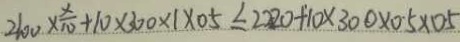
2 1 0 0 \times \frac { x } { 1 0 } + 1 0 \times 3 0 0 \times 1 \times 0 . 5 \leq 2 2 2 0 + 1 0 \times 3 0 0 \times 0 . 5 \times 0 . 5